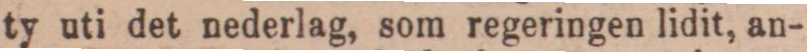
ty uti det nederlag, som regeringen lidit, an-